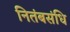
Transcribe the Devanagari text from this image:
नितंबसंधि